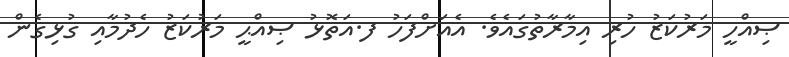
ޞިއްހީ މަރުކަޒު ހުރި އިމާރާތުގައެވެ. އެއަށްފަހު ފ.އަތޮޅު ޞިއްޙީ މަރުކަޒު ހެދުމާއި ގުޅިގެން